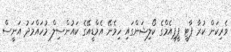
ވެރިކަން ކުރާ ޕާޓީ ޕީޕީއެމްގެ ކޯލިޝަންގައި ހިމެނޭ އެމްޑީއޭގެ ކައުންސިލް މުހައްމަދު އަނީސް